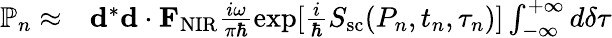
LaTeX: \begin{array}{rl}{\mathbb{P}_{n}\approx}&{{}{\mathbf d}^{*}{\mathbf d}\cdot{\mathbf F}_{\mathrm{NIR}}\frac{i\omega}{\pi\hbar}\exp[{\frac{i}{\hbar}S_{\mathrm{sc}}(P_{n},t_{n},\tau_{n})}]\int_{-\infty}^{+\infty}d\delta\tau}\end{array}